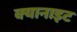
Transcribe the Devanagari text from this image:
क्यानाइट